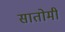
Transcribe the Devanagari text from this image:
सातोमी